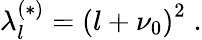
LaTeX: \lambda_{l}^{(\ast)}=\left(l+\nu_{0}\right)^{2}\; .